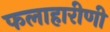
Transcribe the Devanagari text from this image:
फलाहारीणी